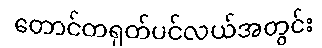
တောင်တရုတ်ပင်လယ်အတွင်း